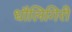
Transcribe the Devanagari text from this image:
धौलिगिरी